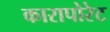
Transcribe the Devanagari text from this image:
कारापोरेट